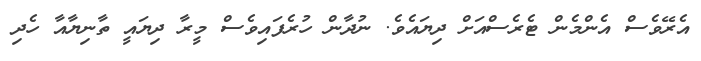
އެރޭވެސް އެންމެން ޓެރެސްއަށް ދިޔައެވެ. ނުދާން ހުރެފައިވެސް މީރާ ދިޔައީ ތާނިޔާއާ ހެދި